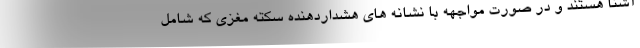
آشنا هستند و در صورت مواجهه با نشانه های هشداردهنده سکته مغزی که شامل